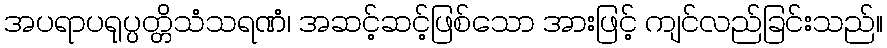
အပရာပရုပ္ပတ္တိသံသရဏံ၊ အဆင့်ဆင့်ဖြစ်သော အားဖြင့် ကျင်လည်ခြင်းသည်။